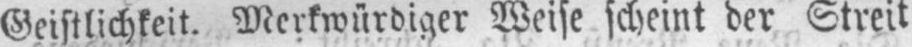
Geistlichkeit. Merkwürdiger Weise scheint der Streit